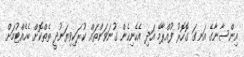
އިންސާނާގެ އަނގަ ގޮހޮރު ފުއްޕާމޭ އަދި އެހެނިހެން ގުނަވަންތައް ކުރަކިވިޔަނުދީ ތެތްކޮށް ބެހެއްޓުމަށް